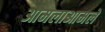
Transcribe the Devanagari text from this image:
आमलाआमले